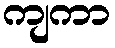
ကျကာ